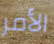
الأمر